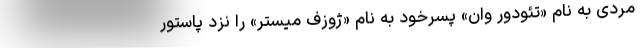
مردی به نام «تئودور وان» پسرخود به نام «ژوزف میستر» را نزد پاستور